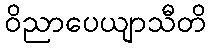
ဝိညာပေယျာသီတိ